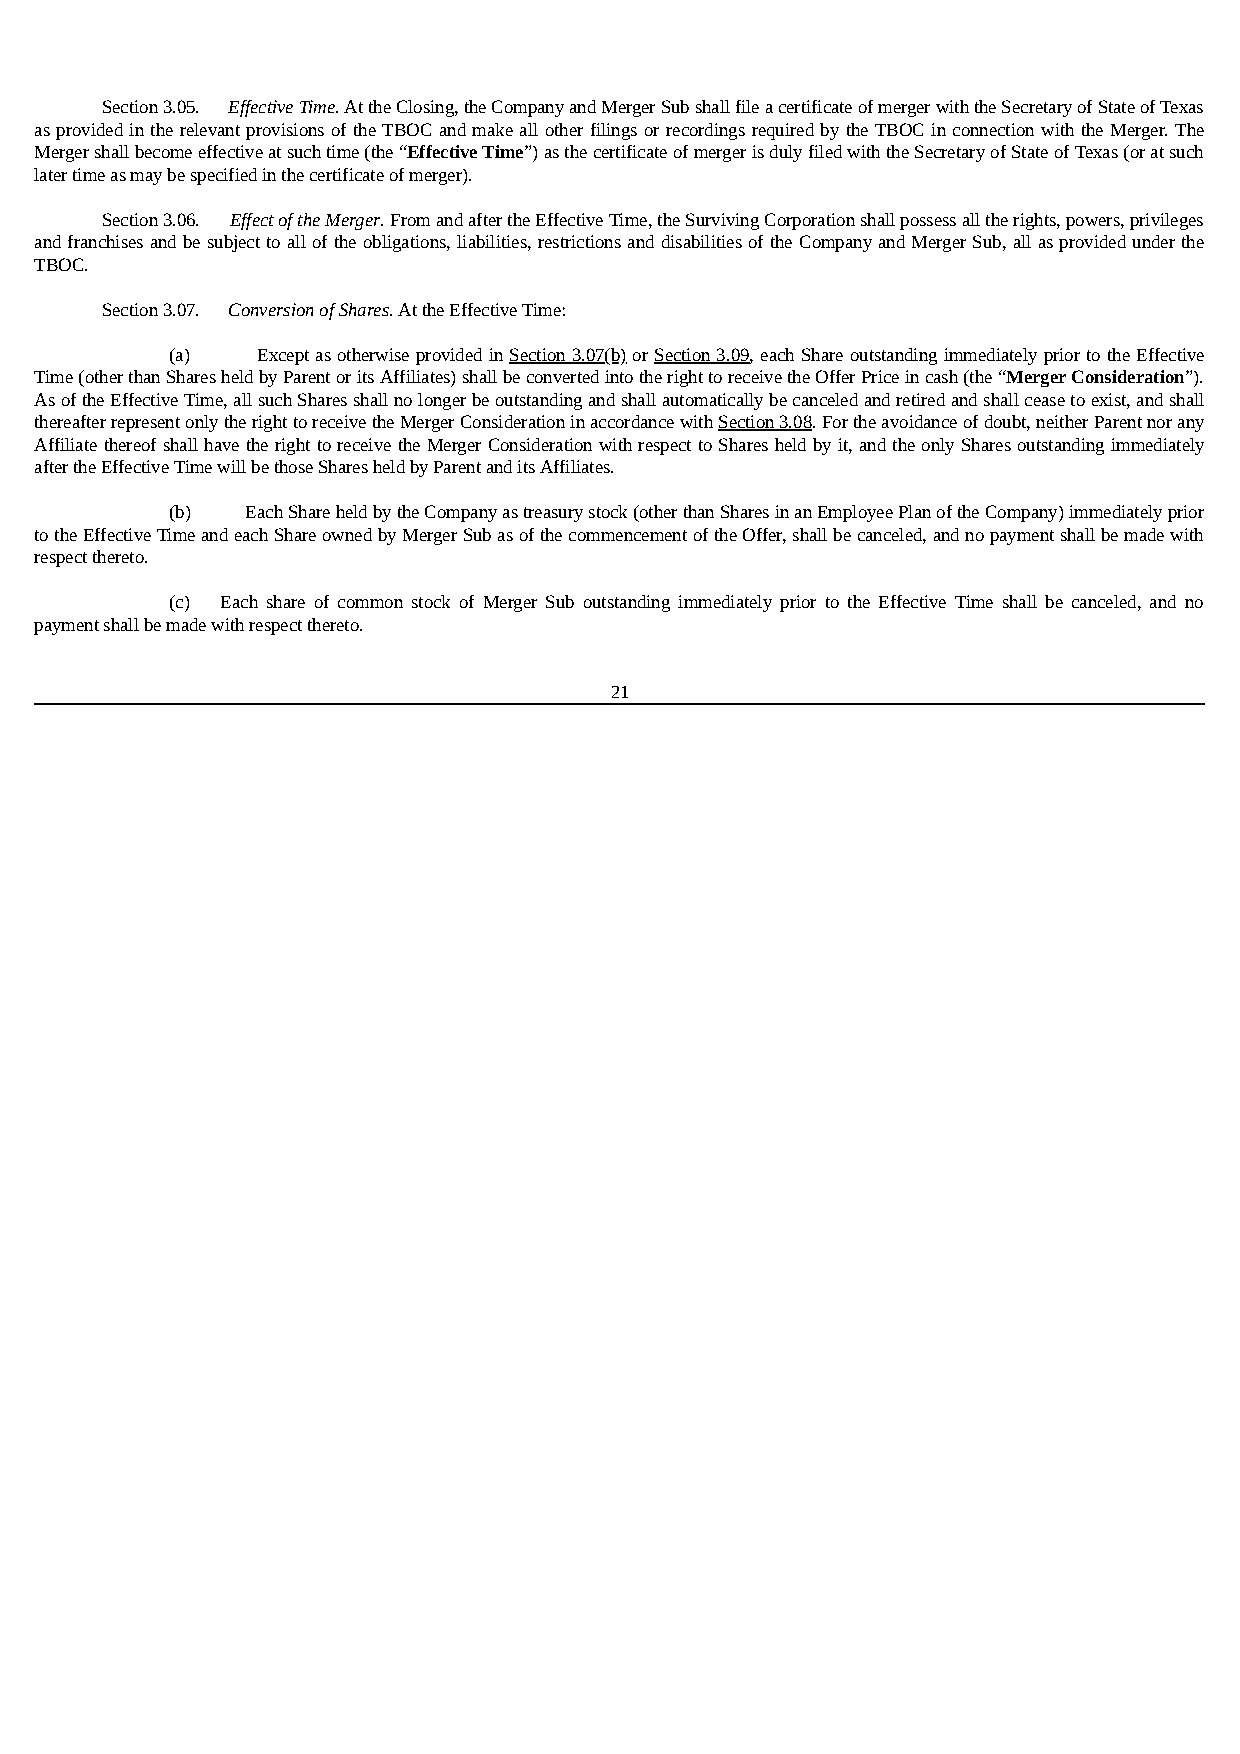
Section 3.05. Effective Time. At the Closing, the Company and Merger Sub shall file a certificate of merger with the Secretary of State of Texas
 as provided in the relevant provisions of the TBOC and make all other filings or recordings required by the TBOC in connection with the Merger. The
 Merger shall become effective at such time (the “Effective Time”) as the certificate of merger is duly filed with the Secretary of State of Texas (or at such
 later time as may be specified in the certificate of merger).
 Section 3.06. Effect of the Merger. From and after the Effective Time, the Surviving Corporation shall possess all the rights, powers, privileges
 and franchises and be subject to all of the obligations, liabilities, restrictions and disabilities of the Company and Merger Sub, all as provided under the
 TBOC.
 Section 3.07. Conversion of Shares. At the Effective Time:
 (a)   Except as otherwise provided in Section 3.07(b) or Section 3.09, each Share outstanding immediately prior to the Effective
 Time (other than Shares held by Parent or its Affiliates) shall be converted into the right to receive the Offer Price in cash (the “Merger Consideration”).
 As of the Effective Time, all such Shares shall no longer be outstanding and shall automatically be canceled and retired and shall cease to exist, and shall
 thereafter represent only the right to receive the Merger Consideration in accordance with Section 3.08. For the avoidance of doubt, neither Parent nor any
 Affiliate thereof shall have the right to receive the Merger Consideration with respect to Shares held by it, and the only Shares outstanding immediately
 after the Effective Time will be those Shares held by Parent and its Affiliates.
 (b)  Each Share held by the Company as treasury stock (other than Shares in an Employee Plan of the Company) immediately prior
 to the Effective Time and each Share owned by Merger Sub as of the commencement of the Offer, shall be canceled, and no payment shall be made with
 respect thereto.
 (c) Each share of common stock of Merger Sub outstanding immediately prior to the Effective Time shall be canceled, and no
 payment shall be made with respect thereto.
 21